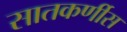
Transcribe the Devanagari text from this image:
सातकर्णीस